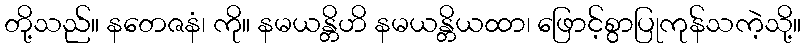
တို့သည်။ နတေဇနံ၊ ကို။ နမယန္တိဟိ နမယန္တိယထာ၊ ဖြောင့်စွာပြုကုန်သကဲ့သို့။